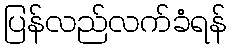
ပြန်လည်လက်ခံရန်